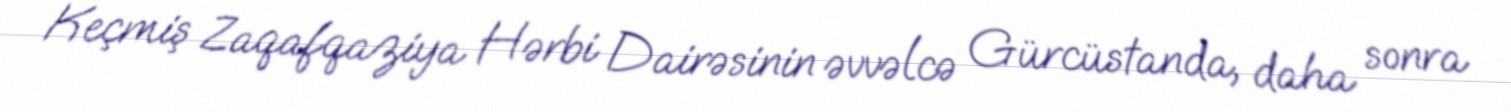
Keçmiş Zaqafqaziya Hərbi Dairəsinin əvvəlcə Gürcüstanda, daha sonra